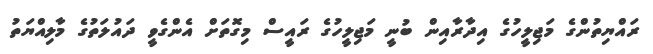
ރައްޔިތުންގެ މަޖިލީހުގެ އިދާރާއިން ބުނީ މަޖިލީހުގެ ރައީސް މިގޮތަށް އެންގެވީ ދައުލަތުގެ މާލިއްޔަތު